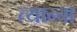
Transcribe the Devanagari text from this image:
त्यान्चा